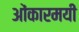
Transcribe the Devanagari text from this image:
ओंकारमयी